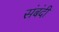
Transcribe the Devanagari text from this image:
संबंदी